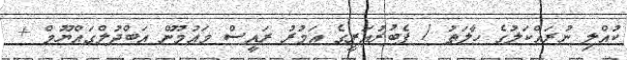
ކުއްލި ނުރައްކަލުގެ ހާލަތު 1 ފެބުރުއަރީގެ އަމުރު ރައީސް މައުމޫން އަބްދުލްގައްޔޫމް +